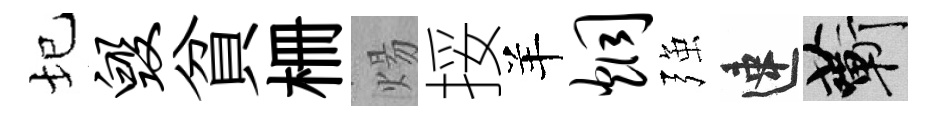
圮毁貧栅煬挼羊炯强速蔪